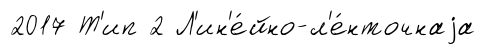
2017 Т'ип 2 Л'ин'е́йно-л'е́нточнаjа